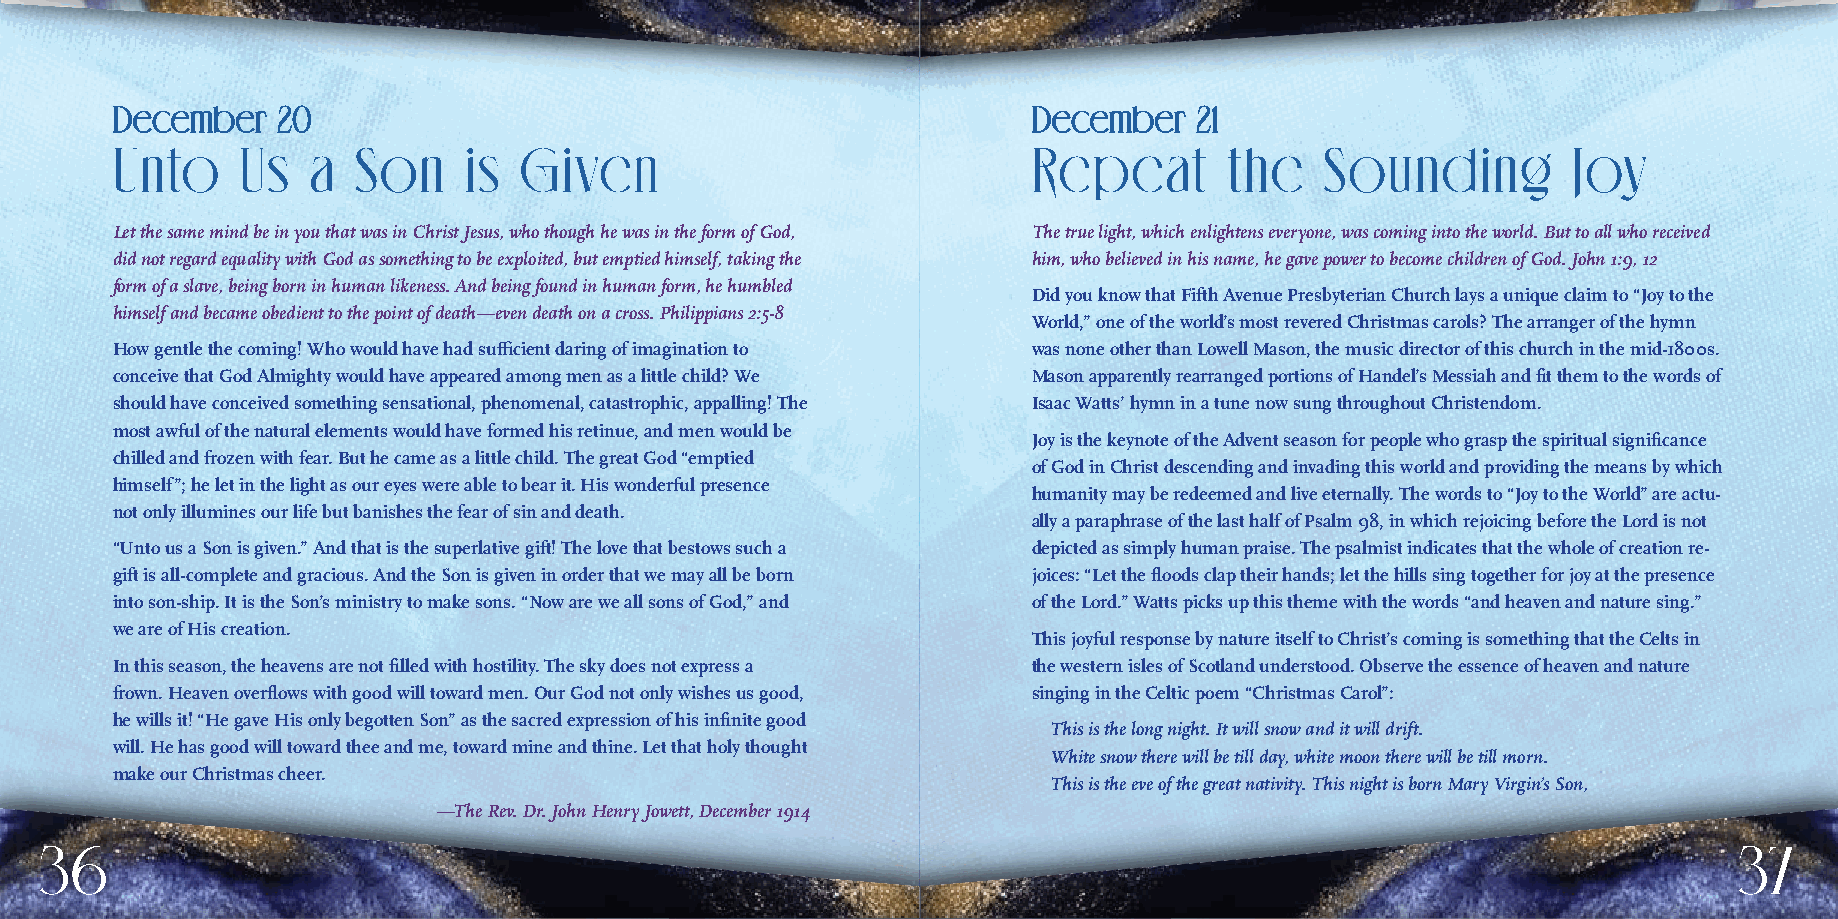
DDeecceemmbbeerr 2200                                        DDeecceemmbbeerr 2211
 Unto     Us  a  Son     is Given                             Repeat       the    Sounding        Joy
 Let the same mind be in you that was in Christ Jesus, who though he was in the form of God, The true light, which enlightens everyone, was coming into the world. But to all who received
 did not regard equality with God as something to be exploited, but emptied himself, taking the him, who believed in his name, he gave power to become children of God. John 1:9, 12
 form of a slave, being born in human likeness. And being found in human form, he humbled
 Did you know that Fifth Avenue Presbyterian Church lays a unique claim to “Joy to the
 himself and became obedient to the point of death—even death on a cross. Philippians 2:5-8
 World,” one of the world’s most revered Christmas carols? The arranger of the hymn
 How gentle the coming! Who would have had sufficient daring of imagination to was none other than Lowell Mason, the music director of this church in the mid-1800s.
 conceive that God Almighty would have appeared among men as a little child? We Mason apparently rearranged portions of Handel’s Messiah and fit them to the words of
 should have conceived something sensational, phenomenal, catastrophic, appalling! The Isaac Watts’ hymn in a tune now sung throughout Christendom.
 most awful of the natural elements would have formed his retinue, and men would be
 Joy is the keynote of the Advent season for people who grasp the spiritual significance
 chilled and frozen with fear. But he came as a little child. The great God “emptied
 of God in Christ descending and invading this world and providing the means by which
 himself”; he let in the light as our eyes were able to bear it. His wonderful presence
 humanity may be redeemed and live eternally. The words to “Joy to the World” are actu-
 not only illumines our life but banishes the fear of sin and death.
 ally a paraphrase of the last half of Psalm 98, in which rejoicing before the Lord is not
 “Unto us a Son is given.” And that is the superlative gift! The love that bestows such a depicted as simply human praise. The psalmist indicates that the whole of creation re-
 gift is all-complete and gracious. And the Son is given in order that we may all be born joices: “Let the floods clap their hands; let the hills sing together for joy at the presence
 into son-ship. It is the Son’s ministry to make sons. “Now are we all sons of God,” and of the Lord.” Watts picks up this theme with the words “and heaven and nature sing.”
 we are of His creation.
 This joyful response by nature itself to Christ’s coming is something that the Celts in
 In this season, the heavens are not filled with hostility. The sky does not express a the western isles of Scotland understood. Observe the essence of heaven and nature
 frown. Heaven overflows with good will toward men. Our God not only wishes us good, singing in the Celtic poem “Christmas Carol”:
 he wills it! “He gave His only begotten Son” as the sacred expression of his infinite good
 This is the long night. It will snow and it will drift.
 will. He has good will toward thee and me, toward mine and thine. Let that holy thought
 White snow there will be till day, white moon there will be till morn.
 make our Christmas cheer.
 This is the eve of the great nativity. This night is born Mary Virgin’s Son,
 —The Rev. Dr. John Henry Jowett, December 1914
 36                                                                                                              37